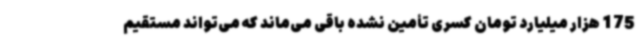
175 هزار میلیارد تومان کسری تأمین نشده باقی می‌ماند که می‌تواند مستقیم